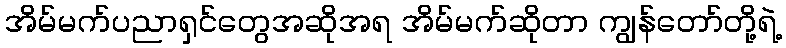
အိမ်မက်ပညာရှင်တွေအဆိုအရ အိမ်မက်ဆိုတာ ကျွန်တော်တို့ရဲ့